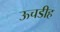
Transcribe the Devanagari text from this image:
ऊचडीह